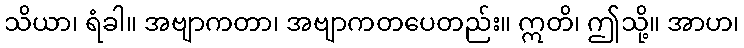
သိယာ၊ ရံခါ။ အဗျာကတာ၊ အဗျာကတပေတည်း။ ဣတိ၊ ဤသို့။ အာဟ၊